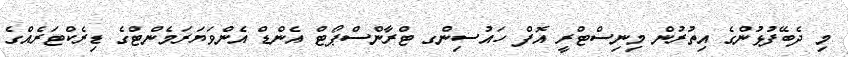
މި ދެބޭފުޅުންގެ އިތުރުން މިނިސްޓްރީ އޮފް ހައުސިންގ ޓްރާންސްޕޯޓް އެންޑް އެންވަޔަރަމެންޓްގެ ޑިރެކްޓަރެއްގެ